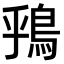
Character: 𫚶